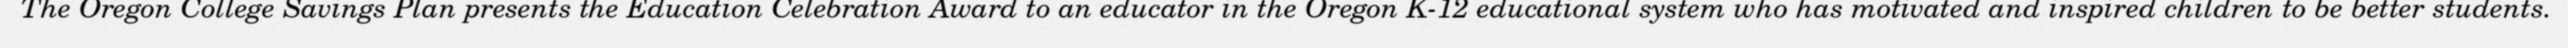
The Oregon College Savings Plan presents the Education Celebration Award to an educator in the Oregon K-12 educational system who has motivated and inspired children to be better students.